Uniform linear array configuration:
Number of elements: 64
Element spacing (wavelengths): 1
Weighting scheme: binomial
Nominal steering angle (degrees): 30
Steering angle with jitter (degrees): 30.206
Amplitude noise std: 0.05
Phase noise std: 0.05

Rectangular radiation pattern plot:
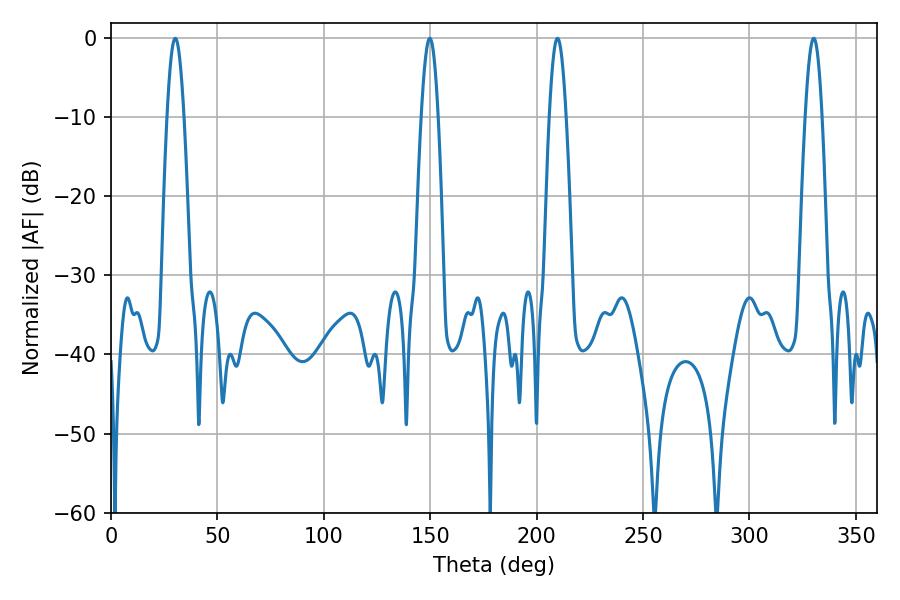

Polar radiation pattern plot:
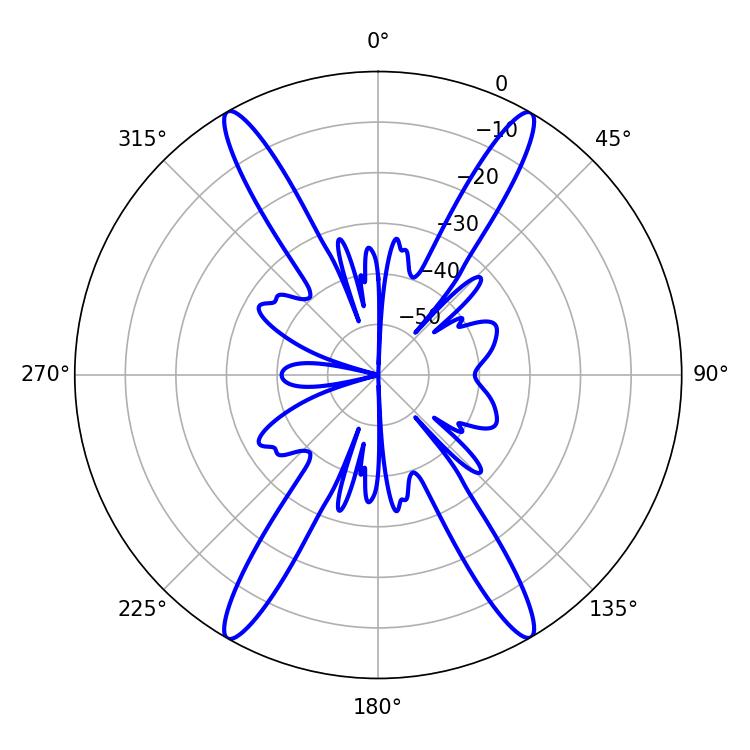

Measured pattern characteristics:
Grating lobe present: TRUE
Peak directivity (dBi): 31.568
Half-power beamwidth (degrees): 4.32
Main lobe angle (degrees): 30.24